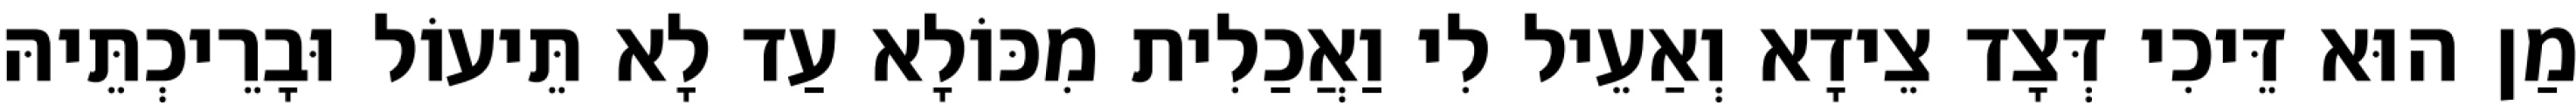
מַן הוּא דֵּיכִי דְּצָד צֵידָא וְאַעֵיל לִי וַאֲכַלִית מִכּוֹלָא עַד לָא תֵּיעוֹל וּבָרֵיכְתֵּיהּ